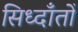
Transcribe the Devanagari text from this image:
सिध्दाँतोँ